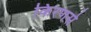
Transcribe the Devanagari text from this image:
किरणसे